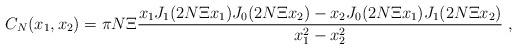
LaTeX: \begin{align*} C_N(x_1,x_2)= \pi N\Xi\frac{x_1J_1(2N\Xi x_1)J_0(2N\Xi x_2)- x_2J_0(2N\Xi x_1)J_1(2N\Xi x_2)}{x_1^2-x_2^2}\;,\end{align*}